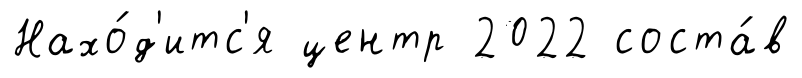
Нахо́д'итс'я центр 2022 соста́в